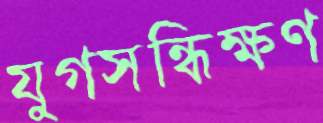
যুগসন্ধিক্ষণ